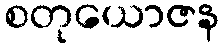
စတုယောဇန